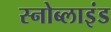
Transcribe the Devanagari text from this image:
स्नोब्लाइंड